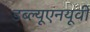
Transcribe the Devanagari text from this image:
डब्ल्यूएनयूवी